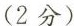
(2分)